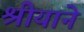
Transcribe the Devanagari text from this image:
श्रीयाने